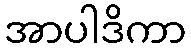
အာပါဒိကာ